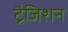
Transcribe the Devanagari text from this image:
ट्रैजिशन